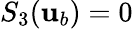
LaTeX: S_{3}({\mathbf{u}}_{b})=0